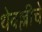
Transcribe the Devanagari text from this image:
थेवल्लीचे